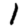
Digit: 1